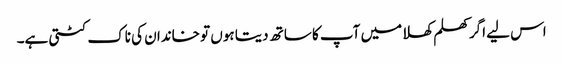
اس لیے اگر کھلم کھلا میں آپ کا ساتھ دیتا ہوں تو خاندان کی ناک کٹتی ہے۔